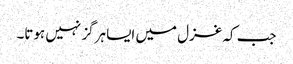
جب کہ غزل میں ایسا ہرگز نہیں ہوتا۔